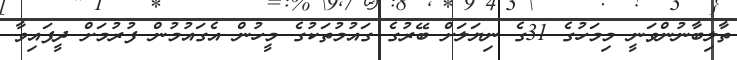
ތާލިބާނުންވަނީ މިމަހުގެ 31ގެ ނިޔަލަށް ބޭރުގެ ގައުމުތަކުގެ މީހުން އެގައުމުން ފުރުމަށް ދީފައިވާ